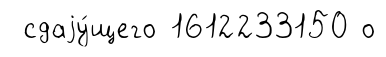
сдаjу́щего 1612233150 о